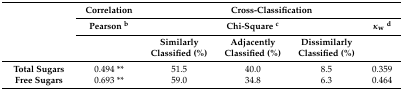
<table><thead><tr><td></td><td><b>Correlation</b></td><td colspan="4"><b>Cross-Classification</b></td></tr><tr><td></td><td><b>Pearson <sup>b</sup></b></td><td colspan="3"><b>Chi-Square <sup>c</sup></b></td><td><b><i>κ</i><sub>w</sub><sup>d</sup></b></td></tr><tr><td></td><td></td><td><b>Similarly Classified (%)</b></td><td><b>Adjacently Classified (%)</b></td><td><b>Dissimilarly Classified (%)</b></td><td></td></tr></thead><tbody><tr><td><b>Total Sugars</b></td><td>0.494 **</td><td>51.5</td><td>40.0</td><td>8.5</td><td>0.359</td></tr><tr><td><b>Free Sugars</b></td><td>0.693 **</td><td>59.0</td><td>34.8</td><td>6.3</td><td>0.464</td></tr></tbody></table>